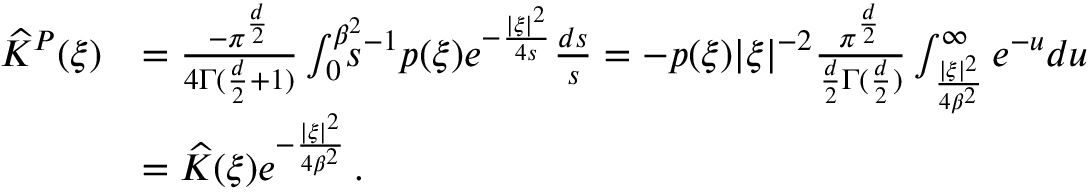
\begin{array} { r l } { \widehat K ^ { P } ( \xi ) } & { = \frac { - \pi ^ { \frac d 2 } } { 4 \Gamma ( \frac d 2 + 1 ) } \int _ { 0 } ^ { \beta ^ { 2 } } \! \! \! \! s ^ { - 1 } p ( \xi ) e ^ { - \frac { | \xi | ^ { 2 } } { 4 s } } \frac { d s } { s } = - p ( \xi ) | \xi | ^ { - 2 } \frac { \pi ^ { \frac d 2 } } { \frac d 2 \Gamma ( \frac d 2 ) } \int _ { \frac { | \xi | ^ { 2 } } { 4 \beta ^ { 2 } } } ^ { \infty } e ^ { - u } d u } \\ & { = \widehat K ( \xi ) e ^ { - \frac { | \xi | ^ { 2 } } { 4 \beta ^ { 2 } } } \, . } \end{array}